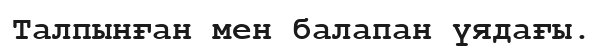
Талпынған мен балапан үядағы.